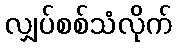
လျှပ်စစ်သံလိုက်